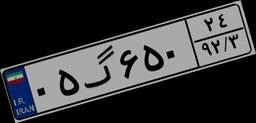
۸۸گ۲۶۱۹۱